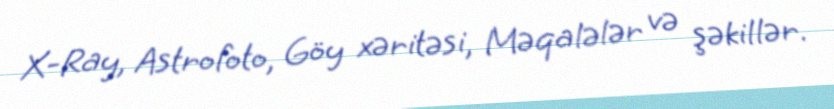
X-Ray, Astrofoto, Göy xəritəsi, Məqalələr və şəkillər.